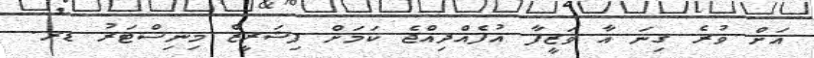
އަށް ވުރެ ގިނަ އާ ވަޒީފާ އުފެއްދިއްޖެ ކަމަށް ފިޝަރީޒް މިނިސްޓަރު ޑރ.